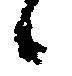
候